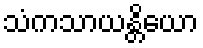
သံကသာယန္တိယော